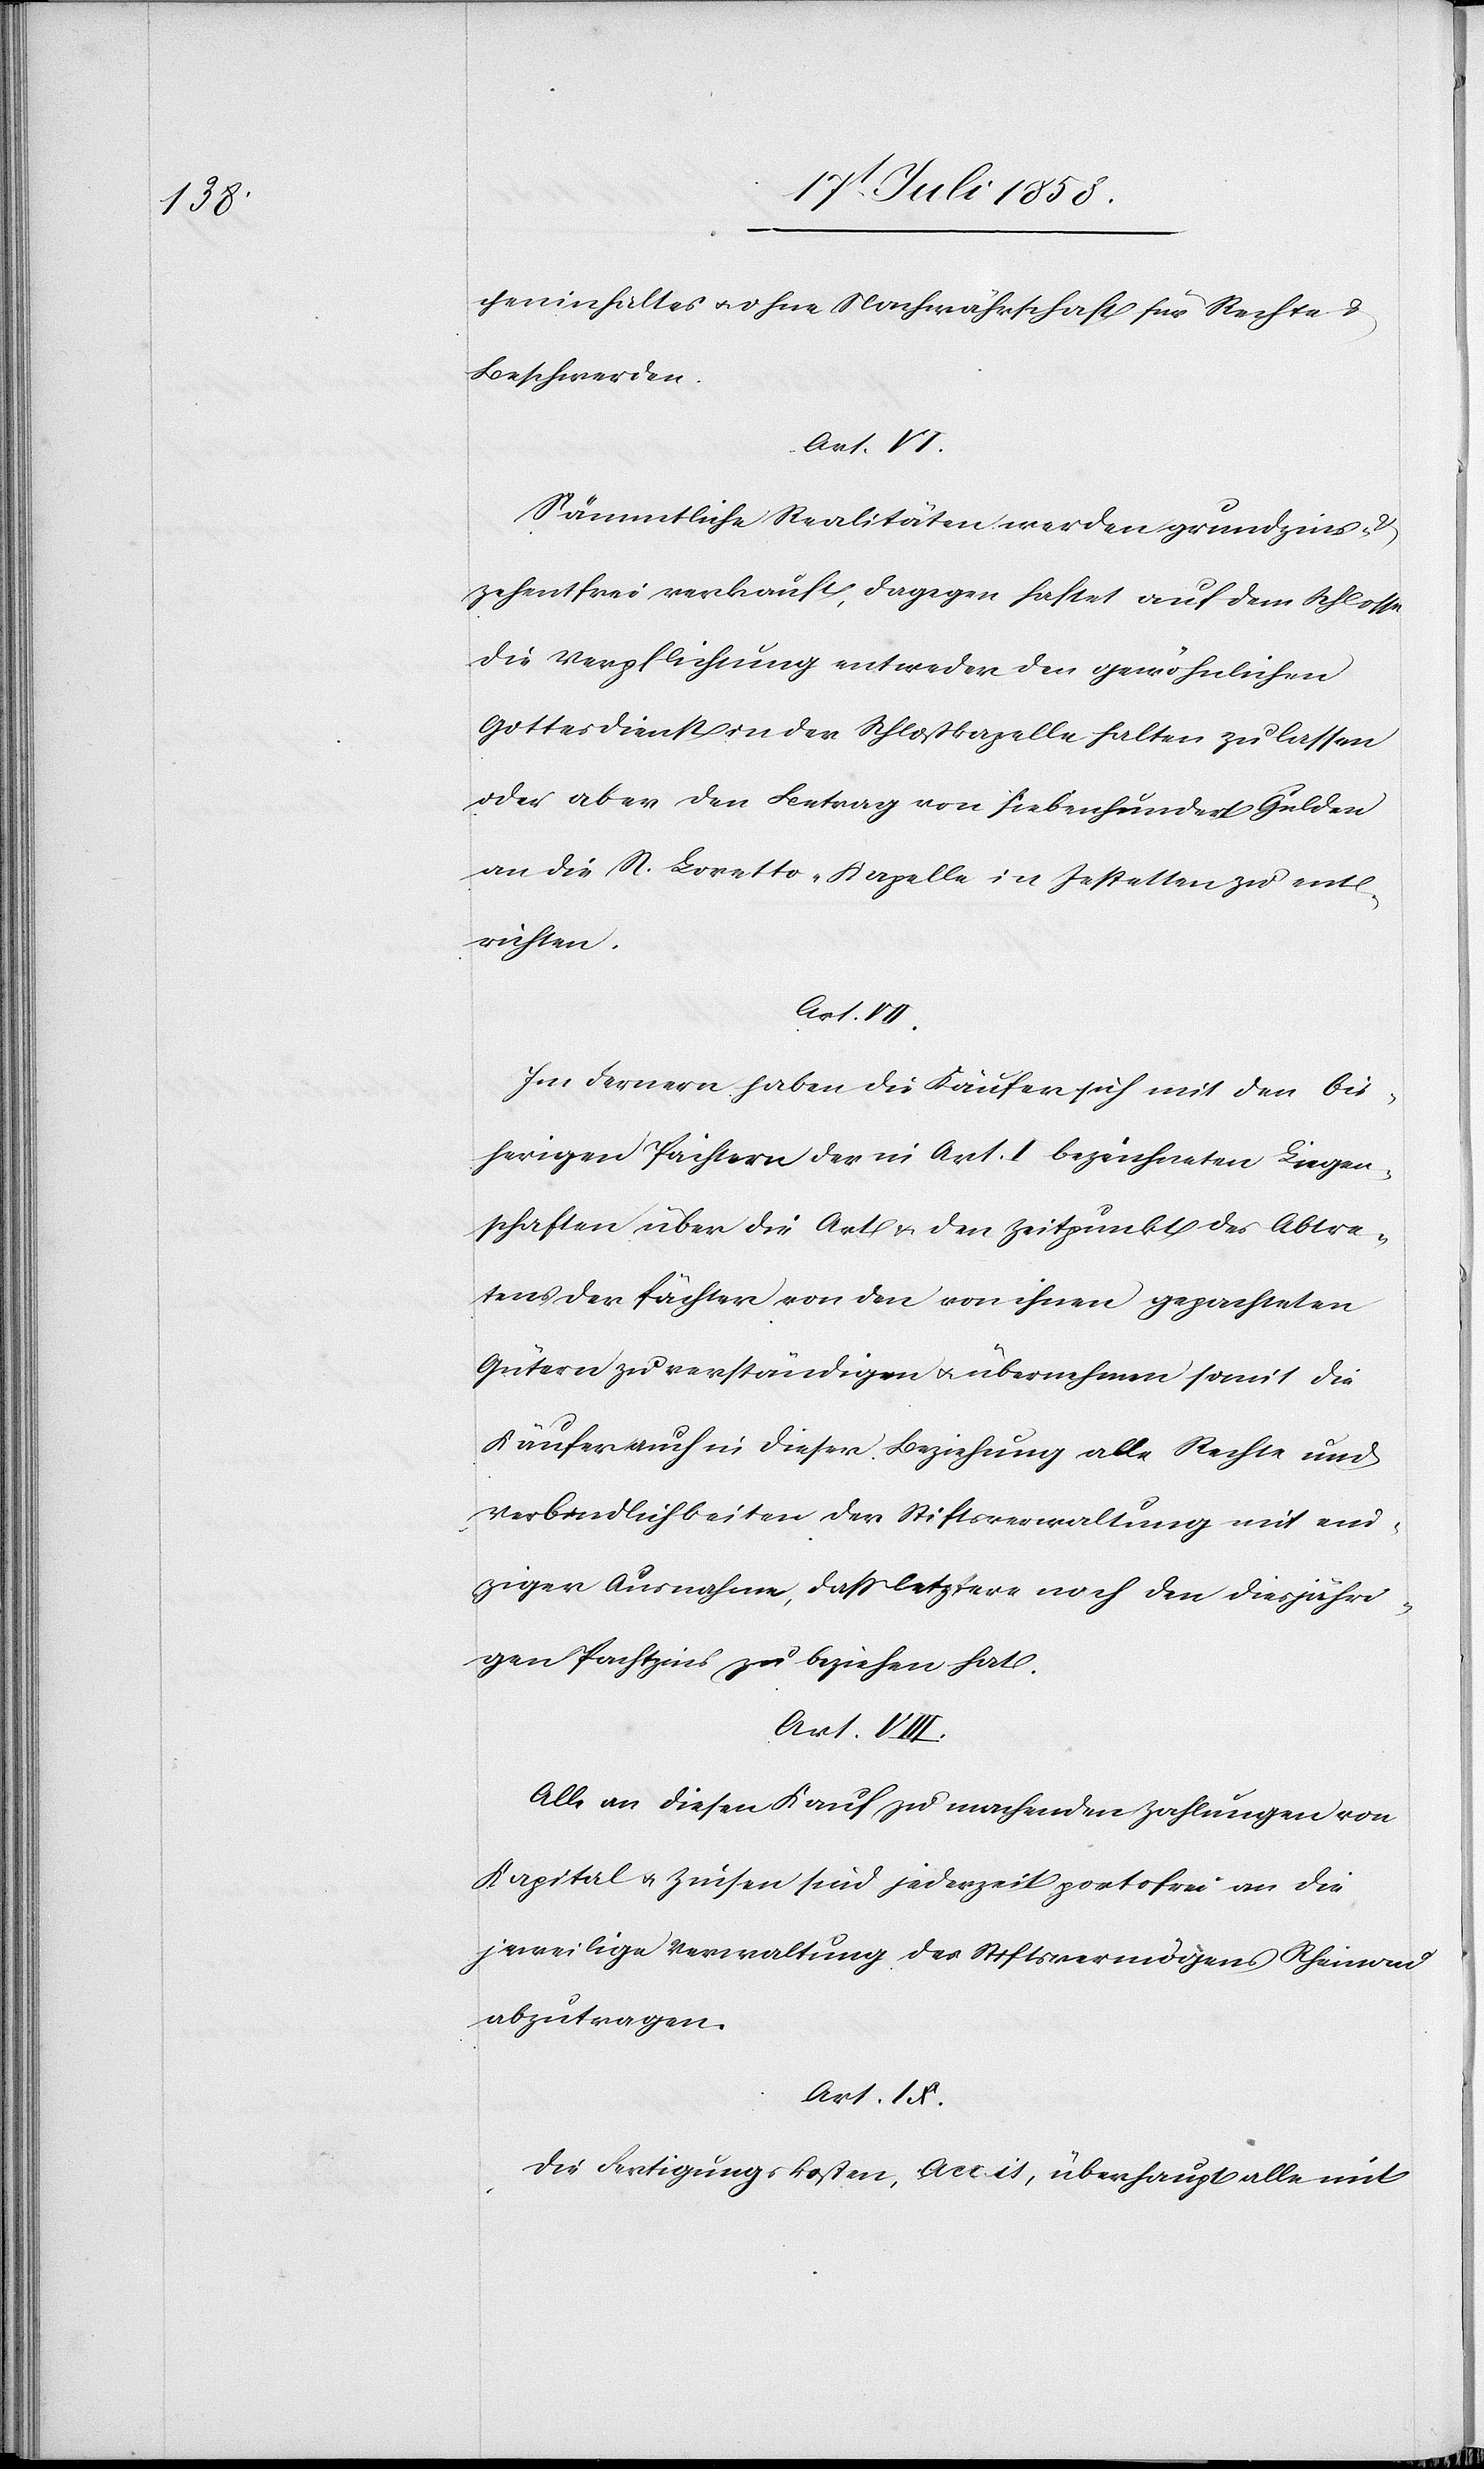
cheninhaltes & ohne Nachwährschaft für Rechte &
Beschwerden.
Art. VI.
Sämmtliche Realitäten werden grundzins- &
zehentfrei verkauft, dagegen haftet auf dem Schlosse
die Verpflichtung entweder den gewöhnlichen
Gottesdienst in der Schloßkapelle halten zu lassen
oder aber den Betrag von siebenhundert Gulden
an die St. Loretto-Kapelle in Jestetten zu ent¬
richten.
Art. VII.
Im Fernern haben die Käufer sich mit den bis¬
herigen Pächtern der in Art. I bezeichneten Liegen¬
schaften über die Art & den Zeitpunkt des Abtre¬
tens der Pächter von den von ihnen gepachteten
Gütern zu verständigen & übernehmen somit die
Käufer auch in dieser Beziehung alle Rechte und
Verbindlichkeiten der Stiftsverwaltung mit ein¬
ziger Ausnahme, dass letztere noch den diesjähri¬
gen Pachtzins zu beziehen hat.
Art. VIII.
Alle an diesen Kauf zu machenden Zahlungen von
Kapital & Zinsen sind jederzeit portofrei an die
jeweilige Verwaltung des Stiftsvermögens Rheinau
abzutragen.
Art. IX.
Die Fertigungskosten, Accis, überhaupt alle mit